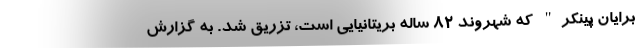
برایان پینکر" که شهروند 82 ساله بریتانیایی است، تزریق شد. به گزارش